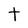
Character: t